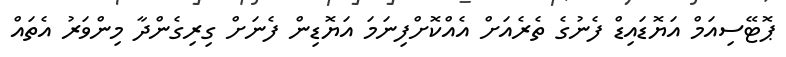
ޕޮޓޭސިއަމް އަޔޮޑައިޑް ފެނުގެ ތެރެއަށް އެއްކޮށްފިނަމަ އަޔޮޑިން ފެނަށް ގިރިގެންދާ މިންވަރު އެތައް